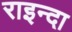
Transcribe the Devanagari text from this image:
राइन्दा